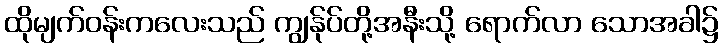
ထိုမျက်ဝန်းကလေးသည် ကျွန်ုပ်တို့အနီးသို့ ရောက်လာ သောအခါ၌